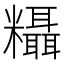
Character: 𬗂